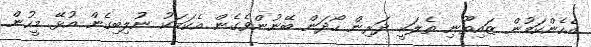
އެހެންކަމުން ޒައިތޫނި ތެލަކީ ދަރިން ހޯދަން ބޭނުންވެގެން އެކަމަކު ނުލިބިގެން އުޅޭ މީހުން